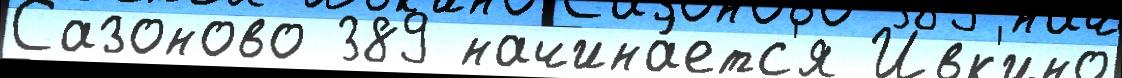
Сазоново 389 начина́етс'я Ивк'ино